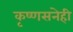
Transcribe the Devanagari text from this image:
कृष्णसनेही